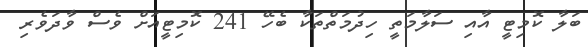
ބަލާ ކޮމިޓީ އާއި ސަލާމަތީ ހިދުމަތްތަކާ ބެހޭ 241 ކޮމިޓީއަށް ވެސް ވާދަވެރި